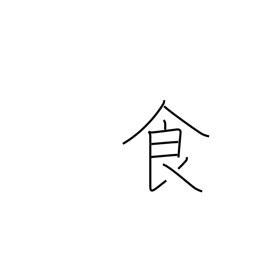
Meaning: food